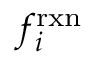
f _ { i } ^ { \mathrm { r x n } }